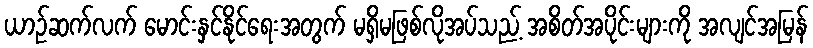
ယာဉ်ဆက်လက် မောင်းနှင်နိုင်ရေးအတွက် မရှိမဖြစ်လိုအပ်သည့် အစိတ်အပိုင်းများကို အလျင်အမြန်